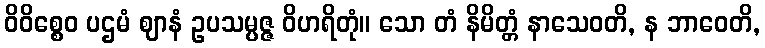
ဝိဝိစ္စေဝ ပဌမံ ဈာနံ ဥပသမ္ပဇ္ဇ ဝိဟရိတုံ။ သော တံ နိမိတ္တံ နာသေဝတိ, န ဘာဝေတိ,